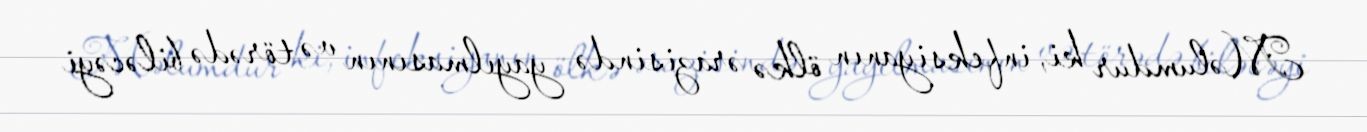
Məlumdur ki, infeksiyanın ölkə ərazisində yayılmasının və törədə biləcəyi